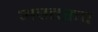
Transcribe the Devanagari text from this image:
अस्तरूप